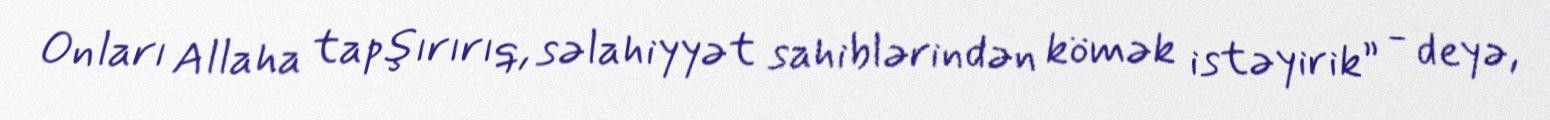
Onları Allaha tapşırırıq, səlahiyyət sahiblərindən kömək istəyirik” - deyə,